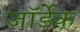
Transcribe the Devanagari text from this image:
जॉर्डेक